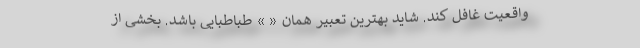
واقعیت غافل کند. شاید بهترین تعبیر همان « » طباطبایی باشد. بخشی از